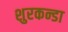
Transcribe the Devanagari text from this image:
शुरकन्डा